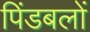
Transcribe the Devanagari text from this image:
पिंडबलों